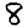
Digit: 8